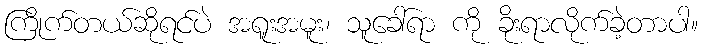
ကြိုက်တယ်ဆိုရင်ပဲ အရူးအမူး၊ သူခေါ်ရာ ကို ခိုးရာလိုက်ခဲ့တာပါ။